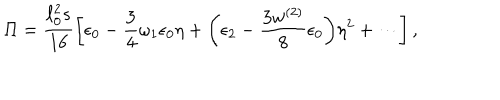
\Pi = \frac { \ell _ { 0 } ^ { 2 } s } { 1 6 } \biggl [ \epsilon _ { 0 } - \frac { 3 } { 4 } \omega _ { 1 } \epsilon _ { 0 } \eta + \biggl ( \epsilon _ { 2 } - \frac { 3 w ^ { ( 2 ) } } { 8 } \epsilon _ { 0 } \biggl ) \eta ^ { 2 } + \cdots \biggr ] \, ,